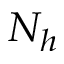
N _ { h }